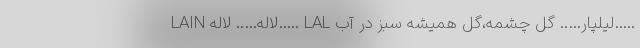
LAIN لاله….. لاله….. LAL لیلپار….. گل چشمه،گل همیشه سبز در آب…..